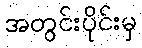
အတွင်းပိုင်းမှ